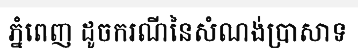
ភ្នំពេញ ដូចករណីនៃសំណង់ប្រាសាទ